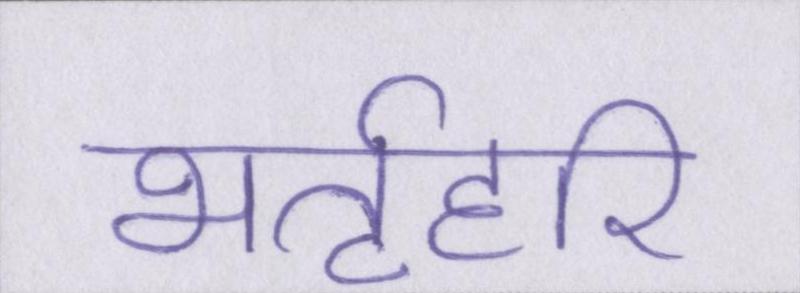
भर्तृहरि